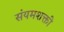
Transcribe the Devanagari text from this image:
संयमशक्ती